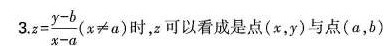
3 $$z = \frac { y - b } { x - a } ( x ≠ a )$$ 时，x可以看成是点(x，y)与点(a，b)